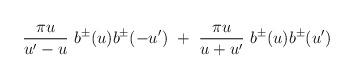
LaTeX: \begin{align*}\frac{\pi u}{u'-u} ~ b^\pm (u) b^\pm (-u') ~+~\frac{\pi u}{u+u'} ~ b^\pm (u) b^\pm (u')\end{align*}